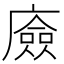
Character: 㢛